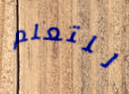
للتعلم